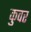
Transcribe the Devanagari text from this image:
कुवर